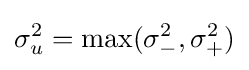
\sigma _{u}^{2}=\max(\sigma _{-}^{2},\sigma _{+}^{2})